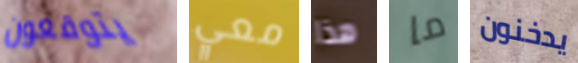
يتوقعون معي هذا ما يدخنون